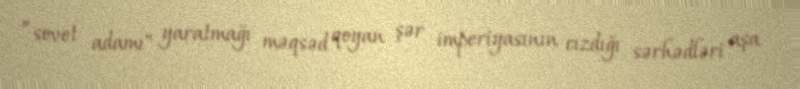
”sovet adamı" yaratmağı məqsəd qoyan şər imperiyasının cızdığı sərhədləri aşa